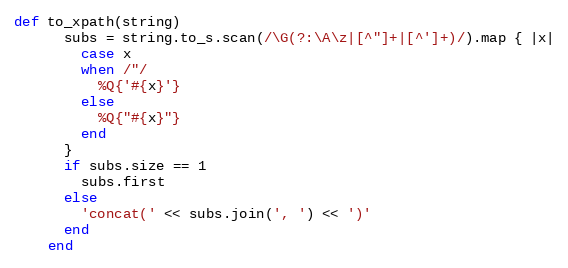
Language: Ruby
def to_xpath(string)
      subs = string.to_s.scan(/\G(?:\A\z|[^"]+|[^']+)/).map { |x|
        case x
        when /"/
          %Q{'#{x}'}
        else
          %Q{"#{x}"}
        end
      }
      if subs.size == 1
        subs.first
      else
        'concat(' << subs.join(', ') << ')'
      end
    end